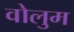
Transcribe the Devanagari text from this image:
वोलुम